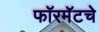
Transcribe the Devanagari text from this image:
फॉरमॅटचे